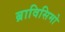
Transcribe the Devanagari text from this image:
ब्राविसिमो